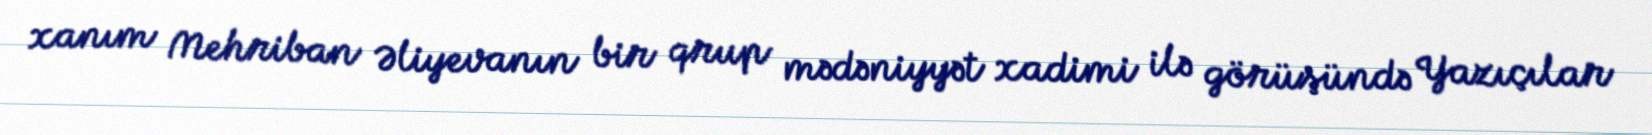
xanım Mehriban Əliyevanın bir qrup mədəniyyət xadimi ilə görüşündə Yazıçılar